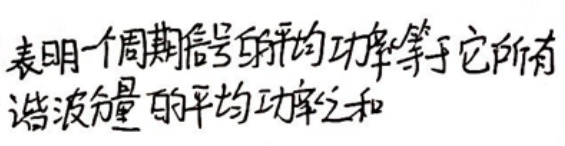
表明一个周期信号的平均功率等于它所有谐波分量的平均功率之和